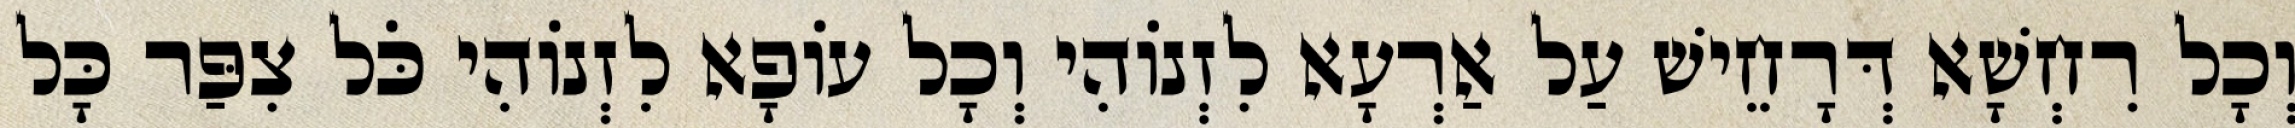
וְכָל רִחְשָׁא דְּרָחֵישׁ עַל אַרְעָא לִזְנוֹהִי וְכָל עוֹפָא לִזְנוֹהִי כֹּל צִפַּר כָּל